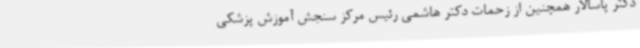
دکتر پاسالار همچنین از زحمات دکتر هاشمی رئیس مرکز سنجش آموزش پزشکی